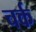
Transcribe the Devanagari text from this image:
चर्क